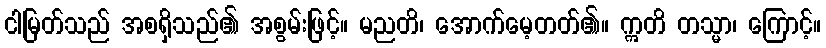
ငါမြတ်သည် အစရှိသည်၏ အစွမ်းဖြင့်။ မညတိ၊ အောက်မေ့တတ်၏။ ဣတိ တသ္မာ၊ ကြောင့်။